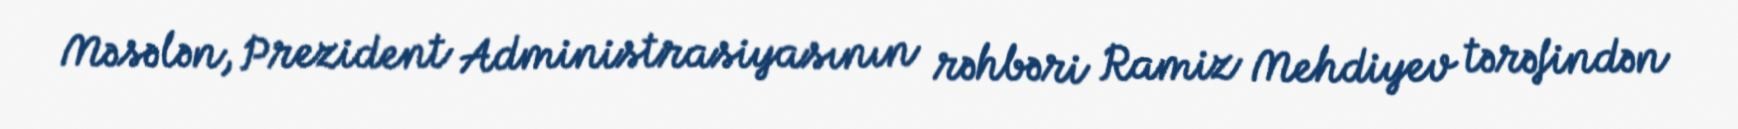
Məsələn, Prezident Administrasiyasının rəhbəri Ramiz Mehdiyev tərəfindən